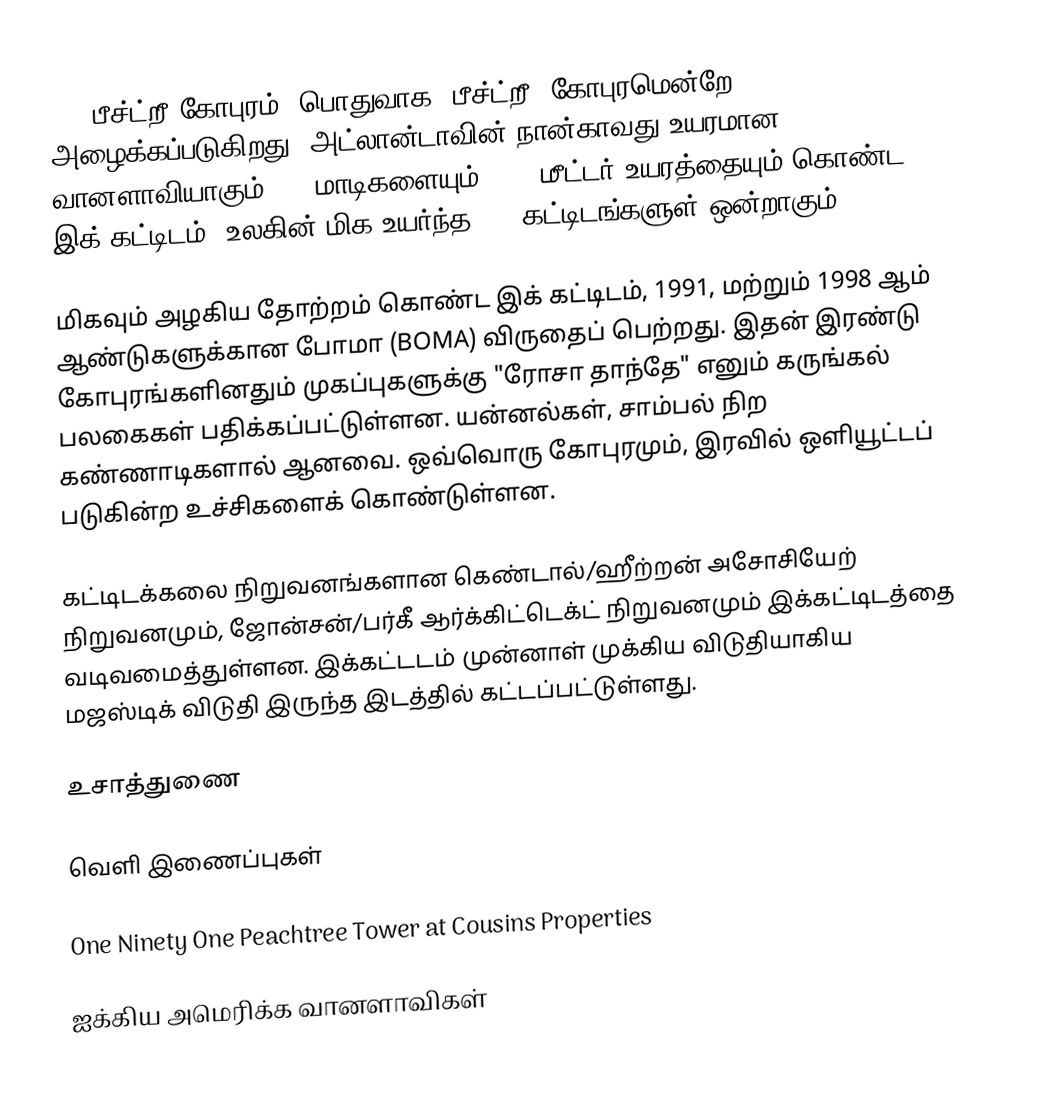
191 பீச்ட்றீ கோபுரம் (பொதுவாக "பீச்ட்றீ" கோபுரமென்றே அழைக்கப்படுகிறது) அட்லான்டாவின் நான்காவது உயரமான வானளாவியாகும். 50 மாடிகளையும், 235 மீட்டர் உயரத்தையும் கொண்ட இக் கட்டிடம், உலகின் மிக உயர்ந்த 200 கட்டிடங்களுள் ஒன்றாகும்.

மிகவும் அழகிய தோற்றம் கொண்ட இக் கட்டிடம், 1991, மற்றும் 1998 ஆம் ஆண்டுகளுக்கான போமா (BOMA) விருதைப் பெற்றது. இதன் இரண்டு கோபுரங்களினதும் முகப்புகளுக்கு "ரோசா தாந்தே" எனும் கருங்கல் பலகைகள் பதிக்கப்பட்டுள்ளன. யன்னல்கள், சாம்பல் நிற கண்ணாடிகளால் ஆனவை. ஒவ்வொரு கோபுரமும், இரவில் ஒளியூட்டப் படுகின்ற உச்சிகளைக் கொண்டுள்ளன.

கட்டிடக்கலை நிறுவனங்களான கெண்டால்/ஹீற்றன் அசோசியேற் நிறுவனமும், ஜோன்சன்/பர்கீ ஆர்க்கிட்டெக்ட் நிறுவனமும் இக்கட்டிடத்தை வடிவமைத்துள்ளன. இக்கட்டடம் முன்னாள் முக்கிய விடுதியாகிய மஜஸ்டிக் விடுதி இருந்த இடத்தில் கட்டப்பட்டுள்ளது.

உசாத்துணை

வெளி இணைப்புகள்

 One Ninety One Peachtree Tower at Cousins Properties

ஐக்கிய அமெரிக்க வானளாவிகள்